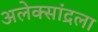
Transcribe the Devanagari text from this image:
अलेक्सांद्रला